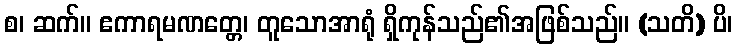
စ၊ ဆက်။ ဧကာရမဏတ္တေ၊ တူသောအာရုံ ရှိကုန်သည်၏အဖြစ်သည်။ (သတိ) ပိ၊